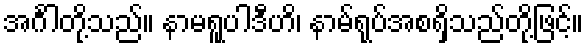
အင်္ဂါတို့သည်။ နာမရူပါဒီဟိ၊ နာမ်ရုပ်အစရှိသည်တို့ဖြင့်။